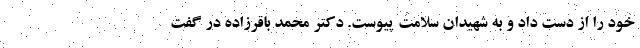
خود را از دست داد و به شهیدان سلامت پیوست. دکتر محمد باقرزاده در گفت